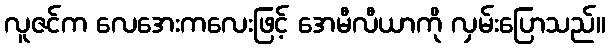
လူဇင်က လေအေးကလေးဖြင့် အေမီလီယာကို လှမ်းပြောသည်။